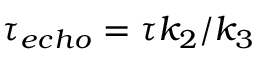
\tau _ { e c h o } = \tau k _ { 2 } / k _ { 3 }